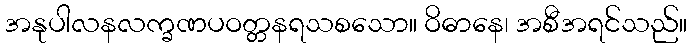
အနုပါလနလက္ခဏပဝတ္တနရသစသော။ ဝိဓာနေ၊ အစီအရင်သည်။